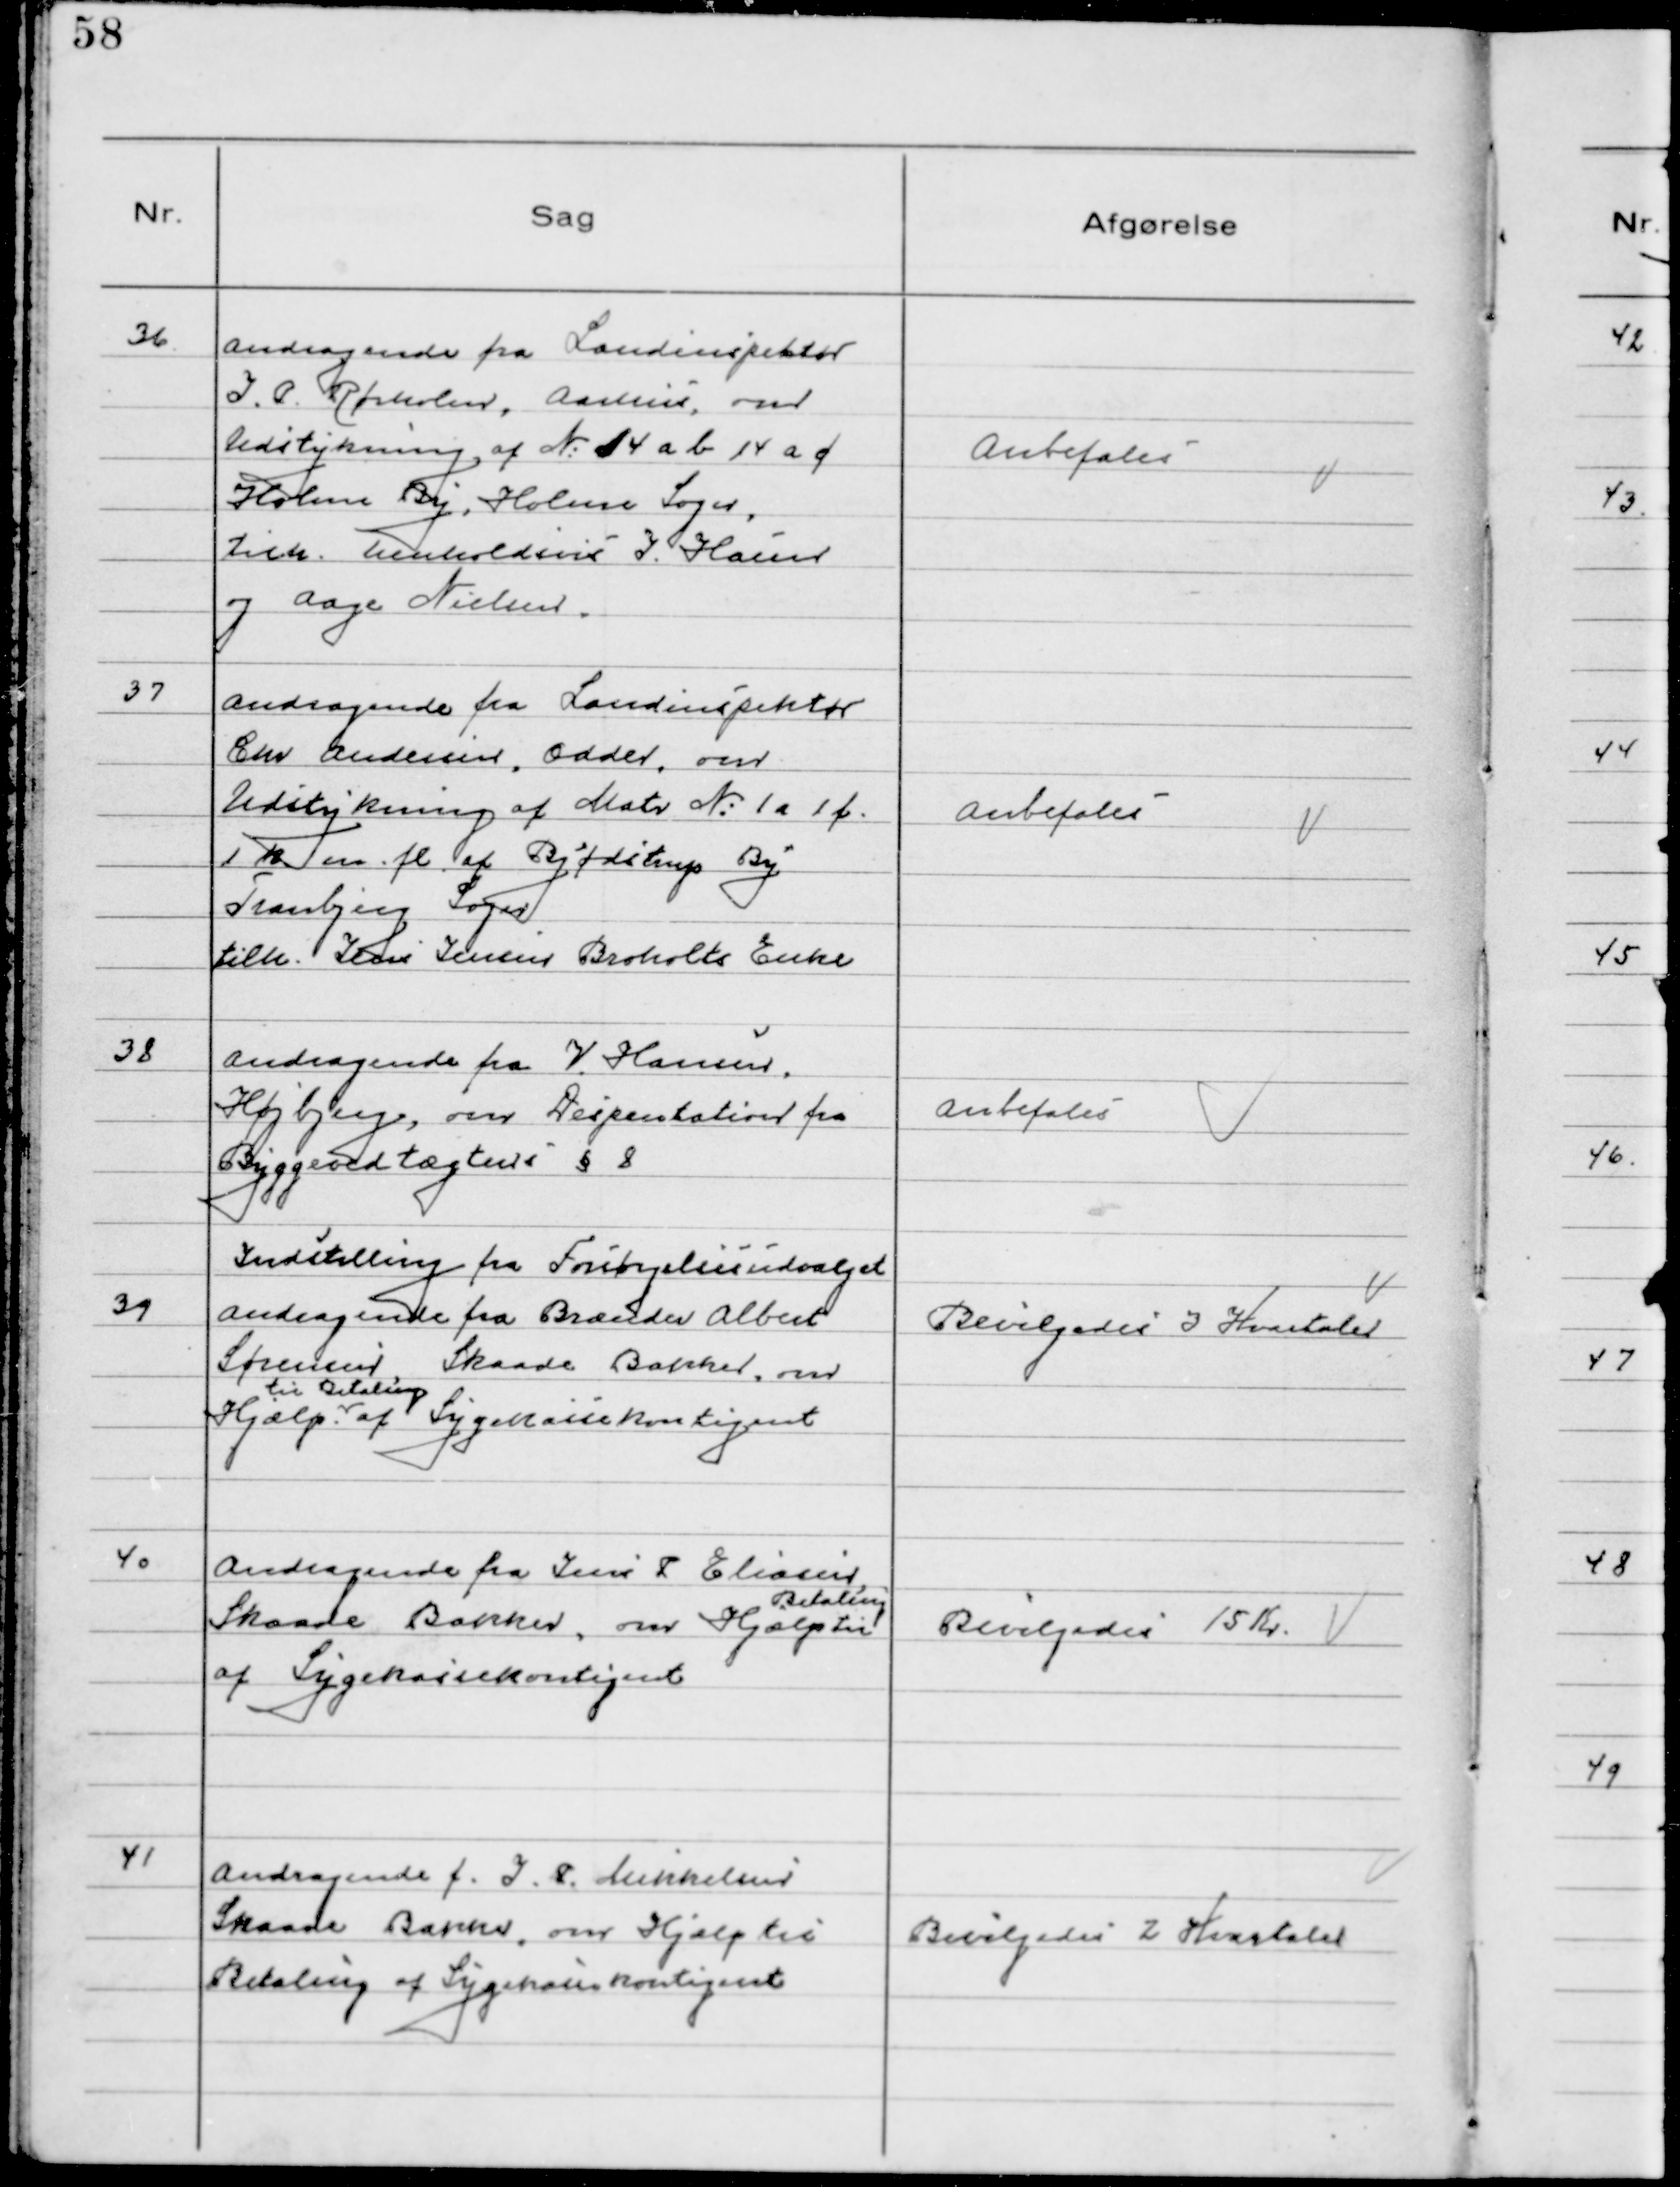
Transskription:
36. Andragende fra Landinspektør
J.P. Rørholm, Aarhus om
Udstykning af №14 a b 14 a f
Holme By, Holme Sogn,
tilh. henholdsvis J. Haun
og Aage Nielsen.

Anbefales

37 Andragende fra Landinspektør
Chr Andersen, Odder, om
Udstykning af Matr №1 a 1 f
1 k m.fl. af Bjødstrup By
Tranbjerg Sogn
tilh. Jens Jensen Broholts Enke

Anbefales

38 Andragende fra V. Hansen,
Højbjerg, om Despentation fra
Byggevedtægtens § 8

Anbefales

Indstilling fra Forsørgelsesudvalget
39 Andragende fra Brænder Albert
Sørensen, Skaade Bakker, om
Hjælp
til Betaling
af Sygekassekontigent

Bevilgedes 3 Kvartaler

40 Andragende fra Jens P Eliasen
Skaade Bakker, om Hjælp til
Betaling
af Sygekassekontigent

Bevilgedes 15 Kr

41 Andragende f. J.P. Mikkelsen
Skaade Bakker, om Hjælp til
Betaling af Sygekassekontigent

Bevilgedes 2 Kvartaler